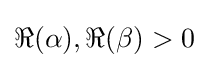
\Re (\alpha ),\Re (\beta )>0